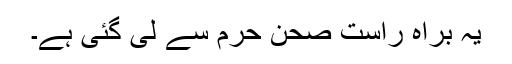
یہ براہ راست صحن حرم سے لی گئی ہے۔